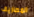
المصاريف